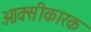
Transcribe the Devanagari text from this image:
ओक्सीकारक